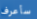
سأعرف